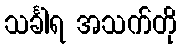
သင်္ခါရ အသက်တို